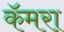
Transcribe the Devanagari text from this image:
कॅमरा